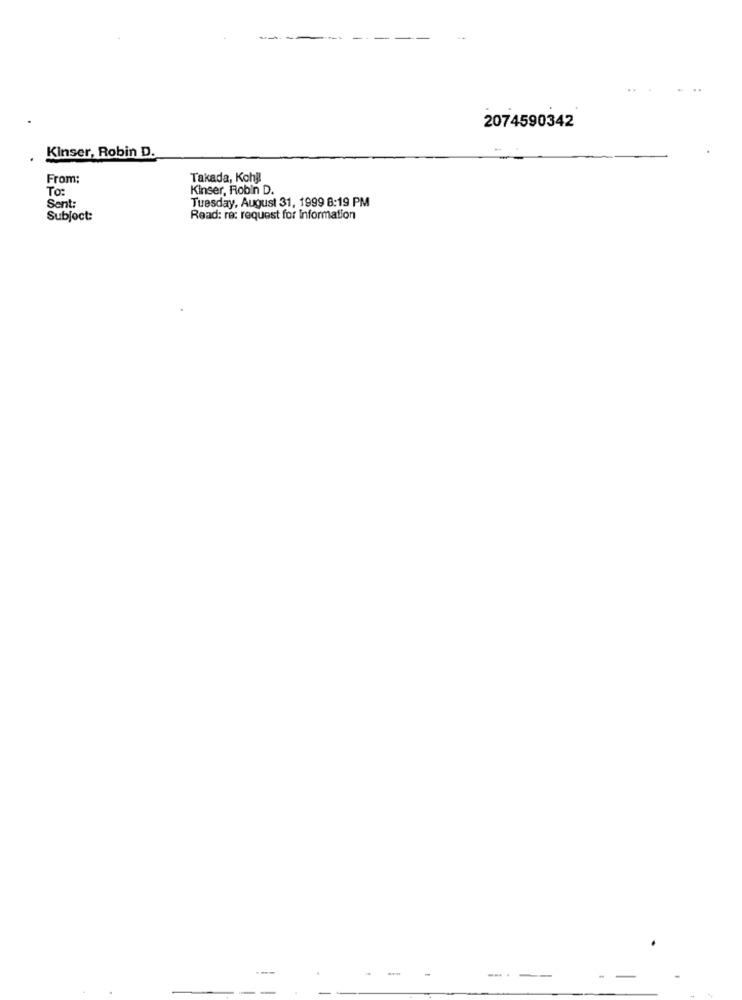
..
2074590342
Kinser, Robin D.
From:
Takada, Koh !!
To:
Kinser, Robin D.
Tuesday, August 31, 1999 8:19 PM
Sent:
Subject:
Read: re: request for Information